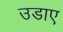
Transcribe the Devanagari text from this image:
उडाए